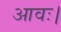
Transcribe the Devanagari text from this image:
आवः।